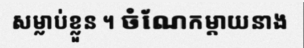
សម្លាប់ខ្លួន ។ ចំណែកម្តាយនាង